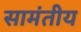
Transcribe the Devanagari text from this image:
सामंतीय